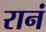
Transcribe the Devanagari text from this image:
रानं